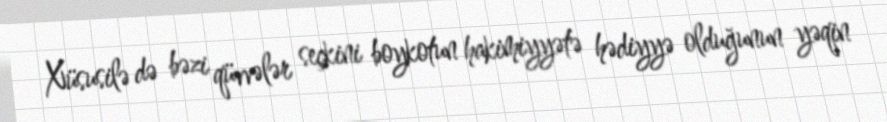
Xüsusilə də bəzi qüvvələr seçkini boykotun hakimiyyətə hədiyyə olduğunun yəqin